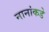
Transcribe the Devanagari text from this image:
नानांकडे